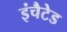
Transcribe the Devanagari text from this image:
इंचैटेड